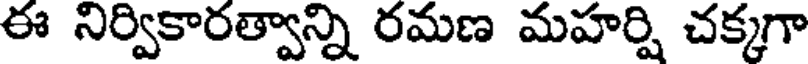
ఈ నిర్వికారత్వాన్ని రమణ మహర్షి చక్కగా